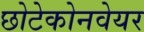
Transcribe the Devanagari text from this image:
छोटेकोनवेयर